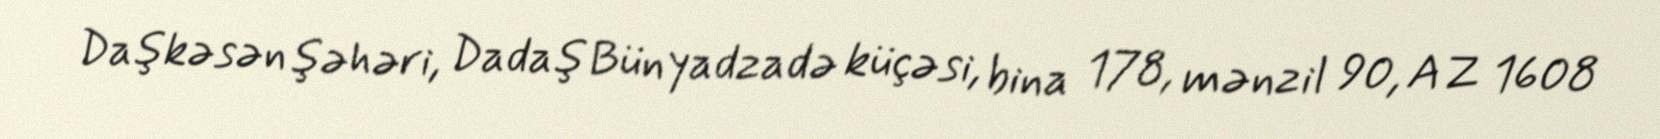
Daşkəsən şəhəri, Dadaş Bünyadzadə küçəsi, bina 178, mənzil 90, AZ 1608